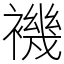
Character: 𧝞